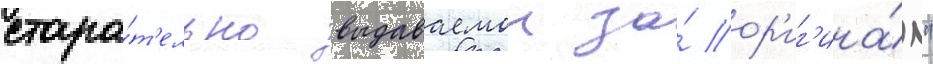
стара́т'ельно выдаваемои за́ ор'иг'ина́л"